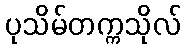
ပုသိမ်တက္ကသိုလ်